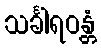
သင်္ခါရဝန္တံ